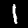
Label: 1